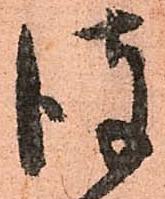
彼